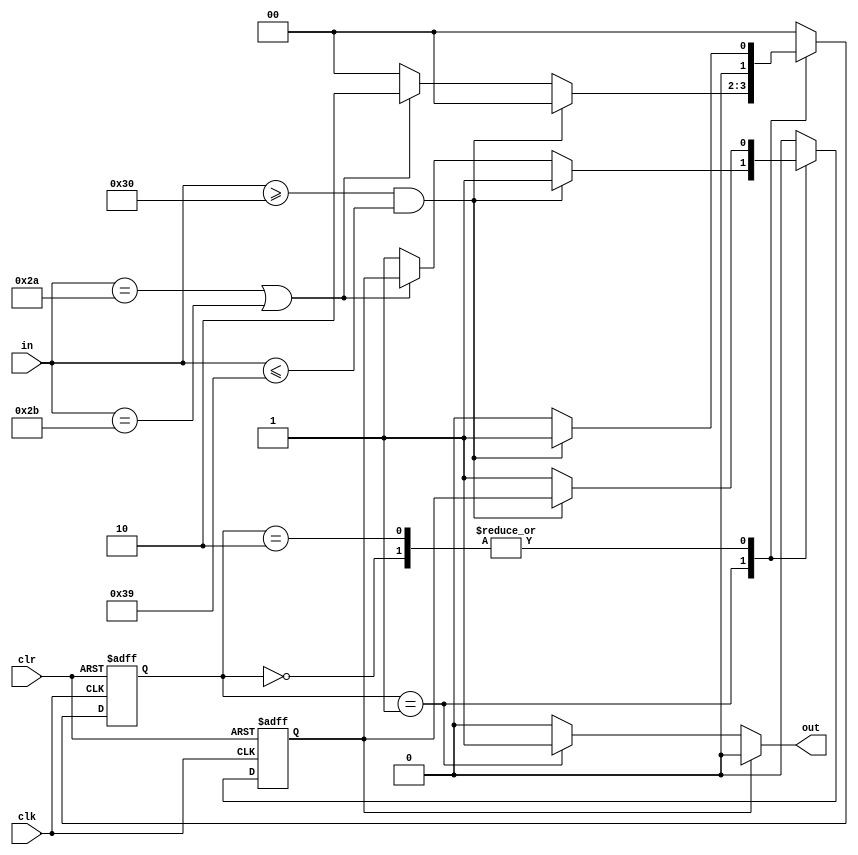
`timescale 1ns / 1ps
//////////////////////////////////////////////////////////////////////////////////
// Company: 
// Engineer: 
// 
// Design Name: 
// Module Name:    string 
// Project Name: 
// Target Devices: 
// Tool versions: 
// Description: 
//
// Dependencies: 
//
// Revision: 
// Revision 0.01 - File Created
// Additional Comments: 
//
//////////////////////////////////////////////////////////////////////////////////
`define	s0	0
`define	s1	1
`define	s2 2

module string(
    input clk,
    input clr,
    input [7:0] in,
    output out
    );
reg err;
reg[1:0] state;

initial begin
	err <= 0;
	state <= 0;
end

always@(posedge clk or posedge clr) begin
	if(clr == 1) begin
		state <= 0;
		err <= 0;
	end
	else begin
		if(clk == 1) begin
			case(state)
				`s0 : begin
					if((in >= "0")&&(in <= "9")) begin
						state <= `s1;
					end
					else if((in == "+")||(in == "*")) begin
						state <= 0;
						err <= 1;
					end
					else begin
						state <= 0;
						err <= 1;
					end
				end
				`s1 : begin
					if((in >= "0")&&(in <= "9"))begin
						state <= 0;
						err <= 1;
					end
					else if((in == "*")||(in == "+")) begin
						state <= `s2;
					end
					else begin
						state <= 0;
						err <= 1;
					end
				end
				`s2 : begin
					if((in >= "0")&&(in <= "9"))begin
						state <= `s1;
					end
					else if((in == "+")||(in == "*")) begin
						state <= 0;
						err <= 1;
					end
					else begin
						state <= 0;
						err <= 1;
					end
				end
				default : begin
					state <= 0;
					err <= 0;
				end
			endcase
		end
		else begin
		end
	end	
end

assign out =	(err == 1)? 0:
					(state == `s1)? 1:
					0;
endmodule